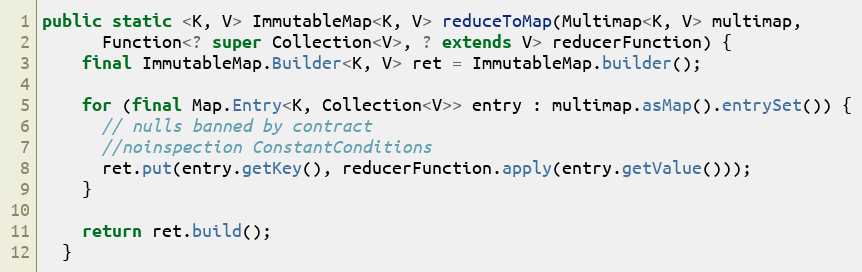
Language: Java
public static <K, V> ImmutableMap<K, V> reduceToMap(Multimap<K, V> multimap,
      Function<? super Collection<V>, ? extends V> reducerFunction) {
    final ImmutableMap.Builder<K, V> ret = ImmutableMap.builder();

    for (final Map.Entry<K, Collection<V>> entry : multimap.asMap().entrySet()) {
      // nulls banned by contract
      //noinspection ConstantConditions
      ret.put(entry.getKey(), reducerFunction.apply(entry.getValue()));
    }

    return ret.build();
  }